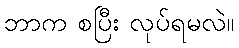
ဘာက စပြီး လုပ်ရမလဲ။